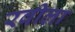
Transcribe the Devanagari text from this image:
रवीला